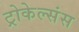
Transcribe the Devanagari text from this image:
ट्रोकेल्संस